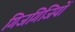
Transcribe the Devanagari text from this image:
गिजगिजियों